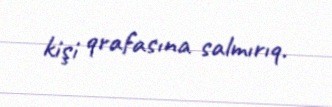
kişi qrafasına salmırıq.